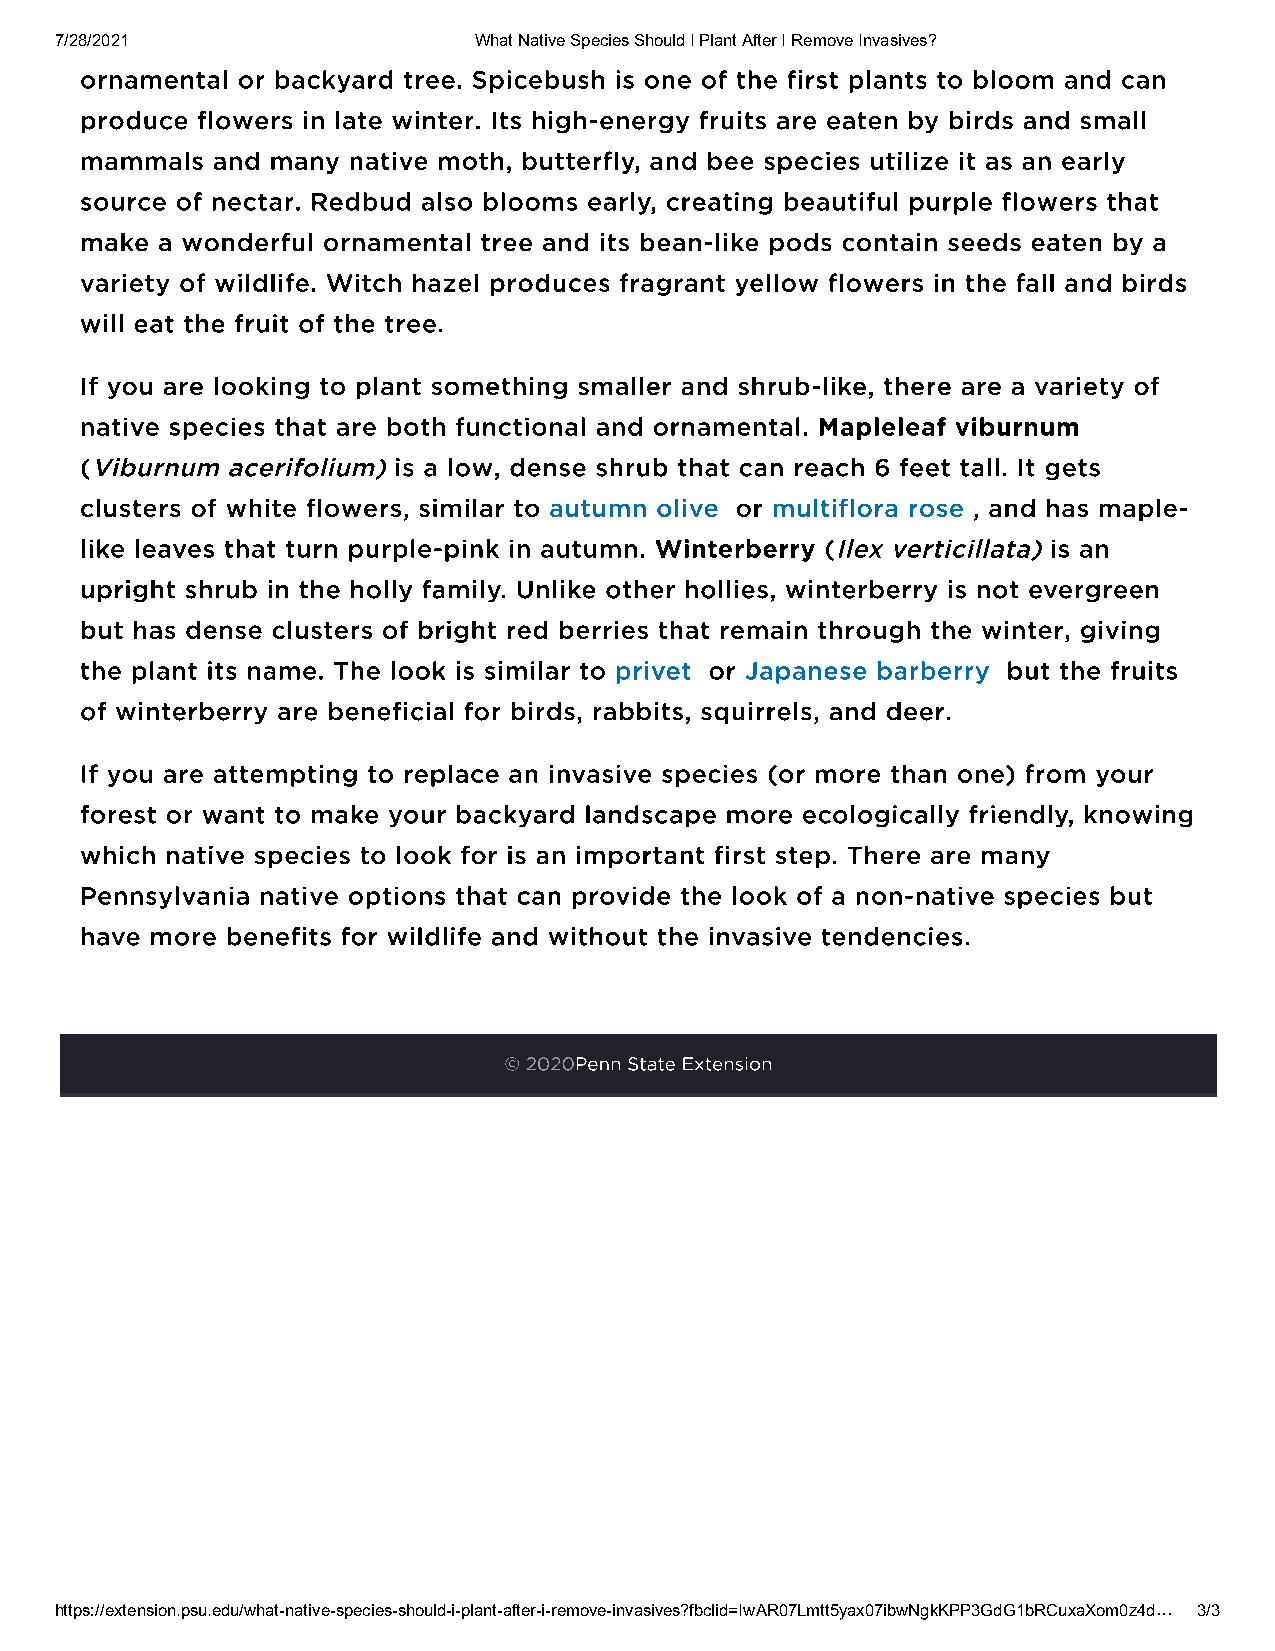
7/28/2021                  What Native Species Should I Plant After I Remove Invasives?
 ornamental or backyard tree. Spicebush is one of the first plants to bloom and can
 produce flowers in late winter. Its high-energy fruits are eaten by birds and small
 mammals  and many native moth, butterfly, and bee species utilize it as an early
 source of nectar. Redbud also blooms early, creating beautiful purple flowers that
 make a wonderful ornamental tree and its bean-like pods contain seeds eaten by a
 variety of wildlife. Witch hazel produces fragrant yellow flowers in the fall and birds
 will eat the fruit of the tree.
 If you are looking to plant something smaller and shrub-like, there are a variety of
 native species that are both functional and ornamental. Mapleleaf viburnum
 (Viburnum acerifolium) is a low, dense shrub that can reach 6 feet tall. It gets
 clusters of white flowers, similar to autumn olive or multiflora rose , and has maple-
 like leaves that turn purple-pink in autumn. Winterberry (Ilex verticillata) is an
 upright shrub in the holly family. Unlike other hollies, winterberry is not evergreen
 but has dense clusters of bright red berries that remain through the winter, giving
 the plant its name. The look is similar to privet or Japanese barberry but the fruits
 of winterberry are beneficial for birds, rabbits, squirrels, and deer.
 If you are attempting to replace an invasive species (or more than one) from your
 forest or want to make your backyard landscape more ecologically friendly, knowing
 which native species to look for is an important first step. There are many
 Pennsylvania native options that can provide the look of a non-native species but
 have more benefits for wildlife and without the invasive tendencies.
 © 2020Penn State Extension
 https://extension.psu.edu/what-native-species-should-i-plant-after-i-remove-invasives?fbclid=IwAR07Lmtt5yax07ibwNgkKPP3GdG1bRCuxaXom0z4d… 3/3